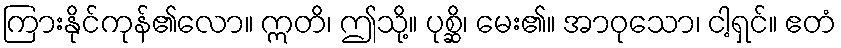
ကြားနိုင်ကုန်၏လော။ ဣတိ၊ ဤသို့။ ပုစ္ဆိ၊ မေး၏။ အာဝုသော၊ ငါ့ရှင်။ ဧတံ